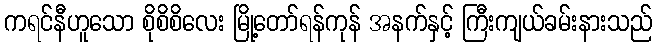
ကရင်နီဟူသော စိုစိစိလေး မြို့တော်ရန်ကုန် အနက်နှင့် ကြီးကျယ်ခမ်းနားသည်